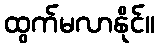
ထွက်မလာနိုင်။